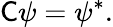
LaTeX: {\mathsf{C}}\psi=\psi^{*}.